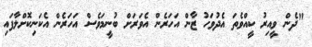
"ދެން ވީއިރު ކީއްވެތަ އެދުވަހު ޒާން އަހަރެން އެވަރަށް ބުނީމަވެސް އަހަރެން އެކަނިކޮށްލާފައި